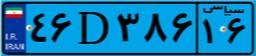
۴۶D۳۸۶۱۶